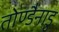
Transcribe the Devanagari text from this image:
तोण्डैनाडु